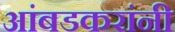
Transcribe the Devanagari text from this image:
आंबडकरांनी